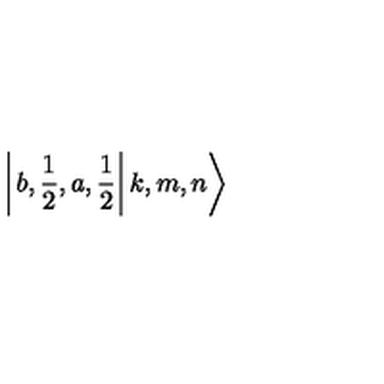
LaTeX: \left| \left. b , \frac { 1 } { 2 } , a , \frac { 1 } { 2 } \right| k , m , n \right\rangle